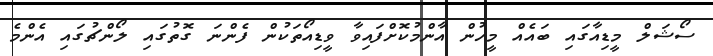
ސޯޝަލް މީޑިއާގައި ބައެއް މީހުން އާންމުކޮށްފައިވާ ވީޑިއޯތަކުން ފެންނަ ގޮތުގައި ލޯންޗުގައި އެންމެ